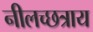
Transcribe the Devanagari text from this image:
नीलच्छत्राय